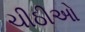
ચીઠીઓ